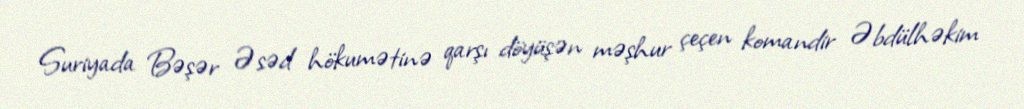
Suriyada Bəşər Əsəd hökumətinə qarşı döyüşən məşhur çeçen komandir Əbdülhəkim